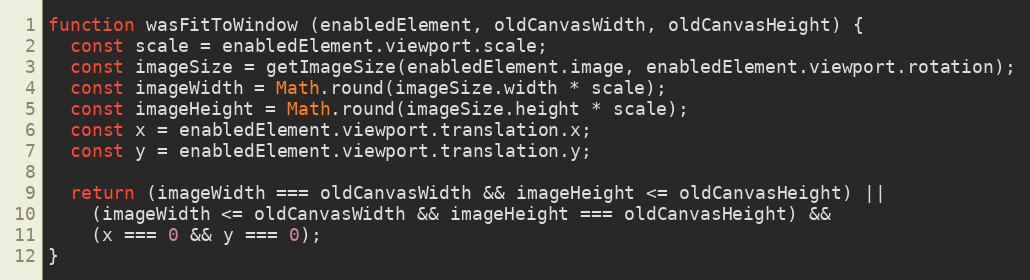
Language: JavaScript
function wasFitToWindow (enabledElement, oldCanvasWidth, oldCanvasHeight) {
  const scale = enabledElement.viewport.scale;
  const imageSize = getImageSize(enabledElement.image, enabledElement.viewport.rotation);
  const imageWidth = Math.round(imageSize.width * scale);
  const imageHeight = Math.round(imageSize.height * scale);
  const x = enabledElement.viewport.translation.x;
  const y = enabledElement.viewport.translation.y;

  return (imageWidth === oldCanvasWidth && imageHeight <= oldCanvasHeight) ||
    (imageWidth <= oldCanvasWidth && imageHeight === oldCanvasHeight) &&
    (x === 0 && y === 0);
}